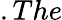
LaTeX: .The